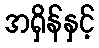
အရှိန်နှင့်